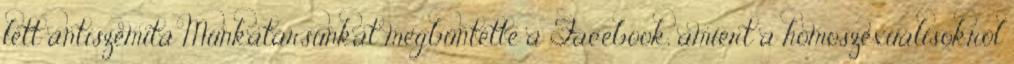
lett antiszemita Munkatársunkat megbüntette a Facebook, amiért a homoszexuálisokról